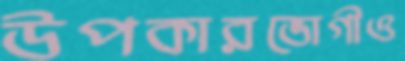
উপকারভোগীও